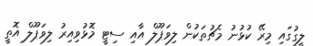
ލީގުގައި މިރޭ ކުޅުނު މެޗުތަކުން ލިވަޕޫލް އާއި ސިޓީ މޮޅުވިއިރު ލިވަޕޫލް އޮތީ